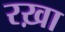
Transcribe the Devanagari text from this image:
रख़ा